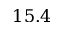
1 5 . 4